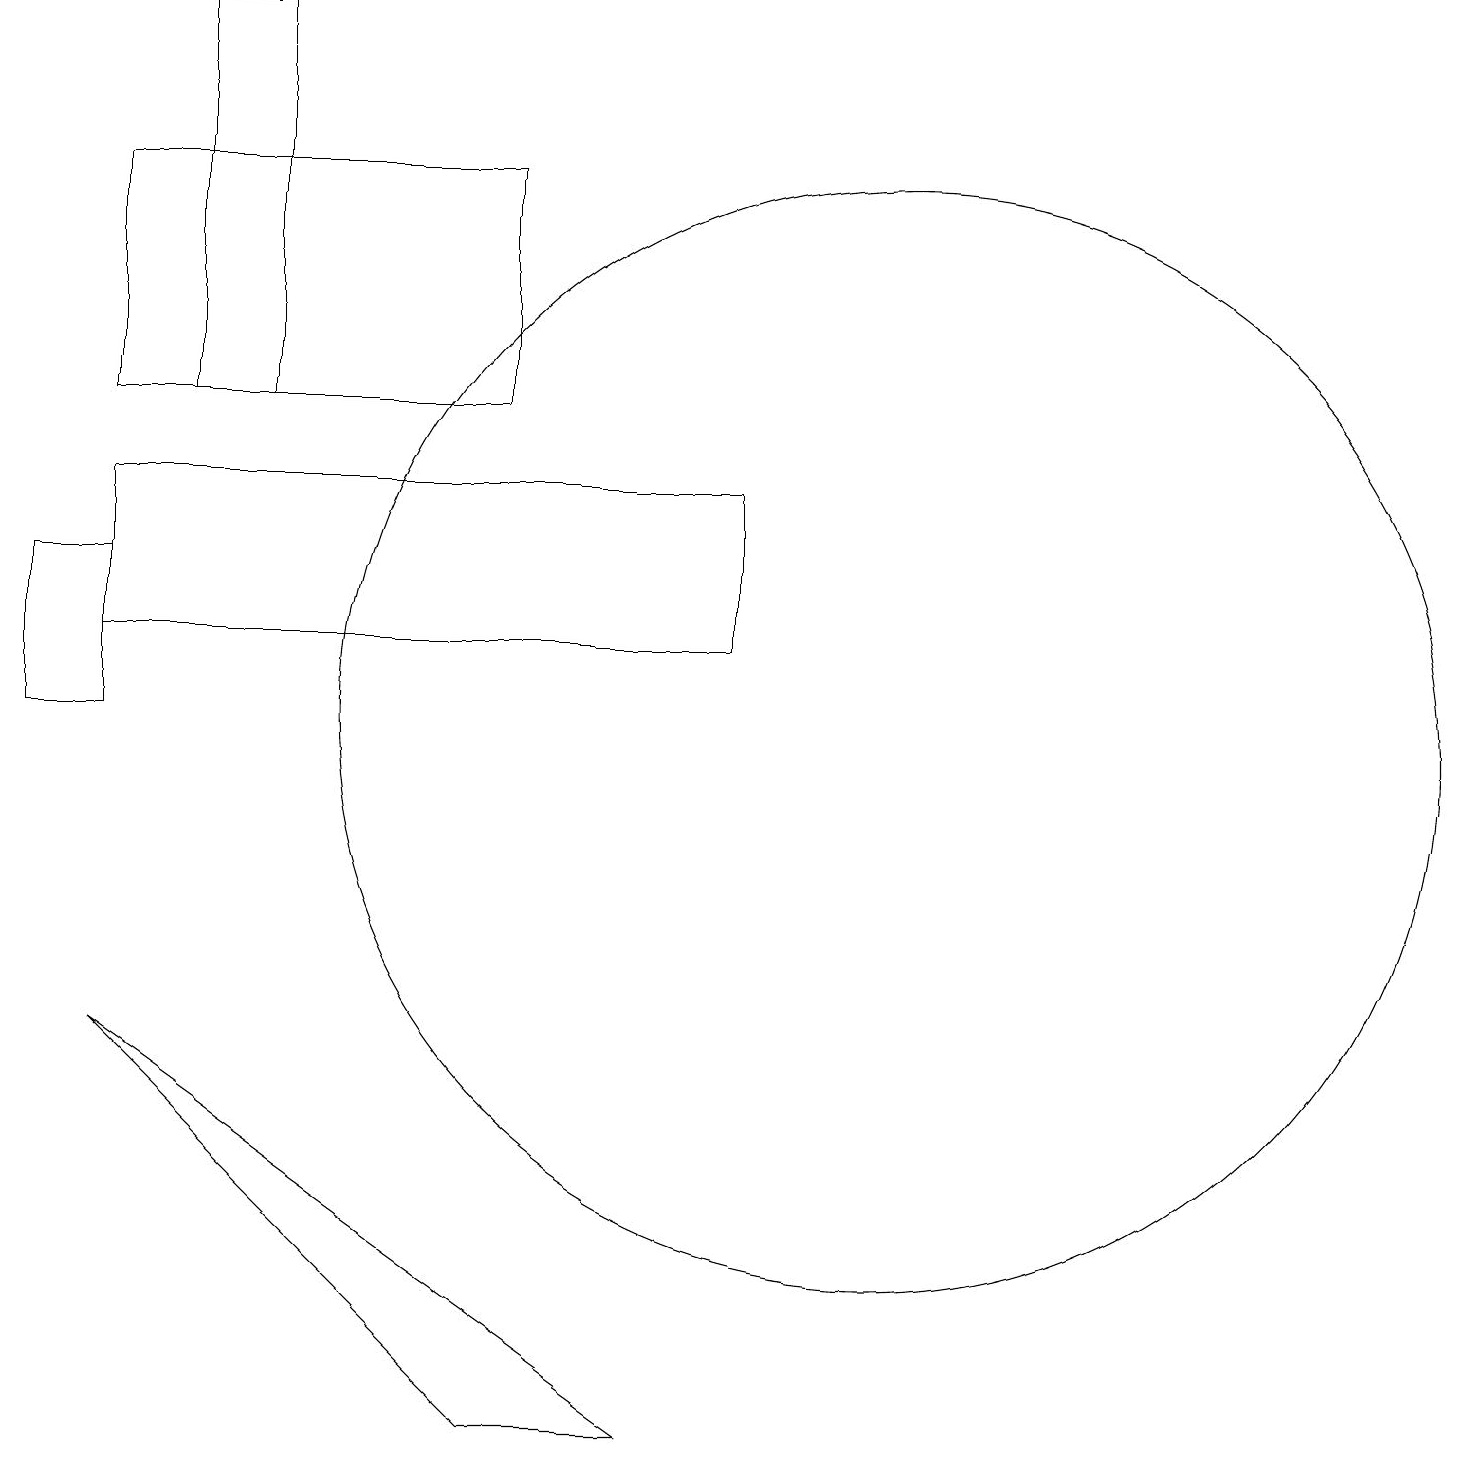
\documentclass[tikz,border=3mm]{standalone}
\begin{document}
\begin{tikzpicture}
\draw (9,13) rectangle (1,11);
\draw (3,14) rectangle (2,19);
\draw (6,1) -- (1,6) -- (8,1) -- cycle;
\draw (11,10) circle (7);
\draw (0,10) rectangle (1,12);
\draw (1,17) rectangle (6,14);
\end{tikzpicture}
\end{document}